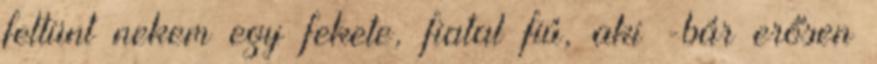
feltünt nekem egy fekete, fiatal fiú, aki -bár erősen